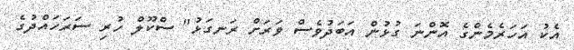
އެކު އަހަރެމެންގެ އޮންނަ ގުޅުން އަބަދުވެސް ވަރަށް ރަނގަޅު" ސްކޫލް ހުރި ސަރަހައްދުގެ